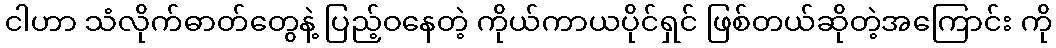
ငါဟာ သံလိုက်ဓာတ်တွေနဲ့ ပြည့်ဝနေတဲ့ ကိုယ်ကာယပိုင်ရှင် ဖြစ်တယ်ဆိုတဲ့အကြောင်း ကို